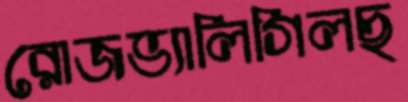
রোজভ্যালিগিলছ